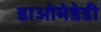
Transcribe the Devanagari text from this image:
डाओमेडेडी